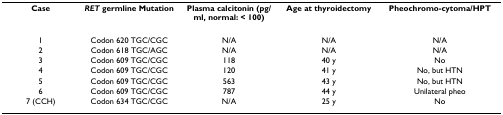
| Case | RET germline Mutation | Plasma calcitonin (pg/ml, normal: < 100) | Age at thyroidectomy | Pheochromo-cytoma/HPT |
 | --- | --- | --- | --- | --- |
 | 1 | Codon 620 TGC/CGC | N/A | N/A | N/A |
 | 2 | Codon 618 TGC/AGC | N/A | N/A | N/A |
 | 3 | Codon 609 TGC/CGC | 118 | 40 y | No |
 | 4 | Codon 609 TGC/CGC | 120 | 41 y | No, but HTN |
 | 5 | Codon 609 TGC/CGC | 563 | 43 y | No, but HTN |
 | 6 | Codon 609 TGC/CGC | 787 | 44 y | Unilateral pheo |
 | 7 (CCH) | Codon 634 TGC/CGC | N/A | 25 y | No |